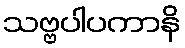
သဗ္ဗပါပကာနိ